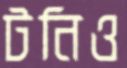
টনিও